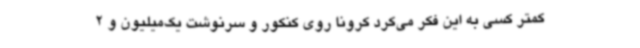
کمتر کسی به این فکر می‌کرد کرونا روی کنکور و سرنوشت یک‌میلیون و 2